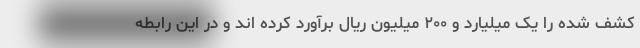
کشف شده را یک میلیارد و ۲۰۰ میلیون ریال برآورد کرده اند و در این رابطه